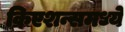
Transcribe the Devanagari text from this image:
क्रिएशन्समध्ये